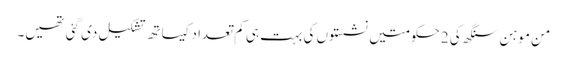
من موہن سنگھ کی 2 حکومتیں نشستوں کی بہت ہی کم تعداد کیساتھ تشکیل دی گئی تھیں۔